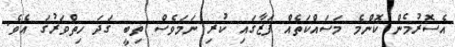
އެސޮރުމެން ކޮންމެ މަސައްކަތެއް ފަޒާގައި ކުރި ނަމަވެސް ތިބީ ގަދަ ހިތްވަރުގަ އެވެ.